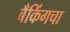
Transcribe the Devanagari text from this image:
बँकिंगचा